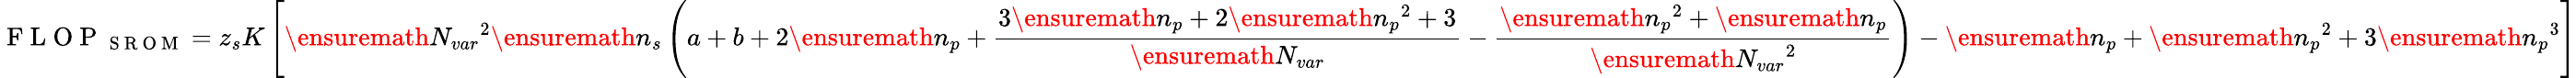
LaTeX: \mathrm{~F~L~O~P~}_{\mathrm{~S~R~O~M~}}=z_{s}K\left[\ensuremath{N_{var}}^{2}\ensuremath{n_{s}}\left(a+b+2\ensuremath{n_{p}}+\frac{3\ensuremath{n_{p}}+2\ensuremath{n_{p}}^{2}+3}{\ensuremath{N_{var}}}-\frac{\ensuremath{n_{p}}^{2}+\ensuremath{n_{p}}}{\ensuremath{N_{var}}^{2}}\right)-\ensuremath{n_{p}}+\ensuremath{n_{p}}^{2}+3\ensuremath{n_{p}}^{3}\right]